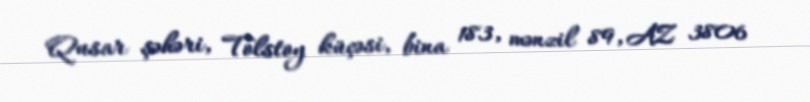
Qusar şəhəri, Tolstoy küçəsi, bina 183, mənzil 89, AZ 3806